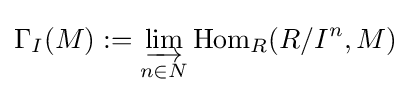
\Gamma _{I}(M):=\varinjlim _{n\in N}\operatorname {Hom} _{R}(R/I^{n},M)